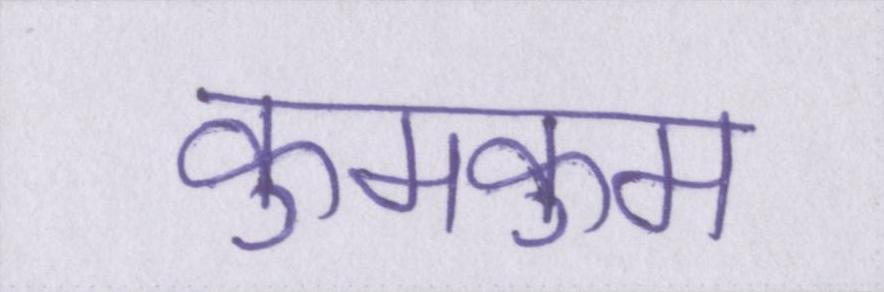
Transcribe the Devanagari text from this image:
कुमकुम